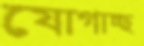
যোগাচ্ছ